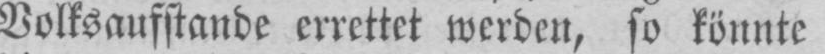
Volksausstande errettet werden, so konnte